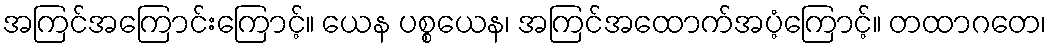
အကြင်အကြောင်းကြောင့်။ ယေန ပစ္စယေန၊ အကြင်အထောက်အပံ့ကြောင့်။ တထာဂတေ၊